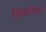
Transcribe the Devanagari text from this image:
क्विजिंग